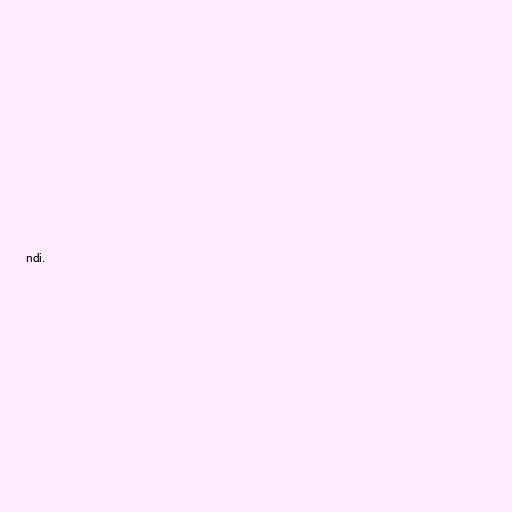
ndi.